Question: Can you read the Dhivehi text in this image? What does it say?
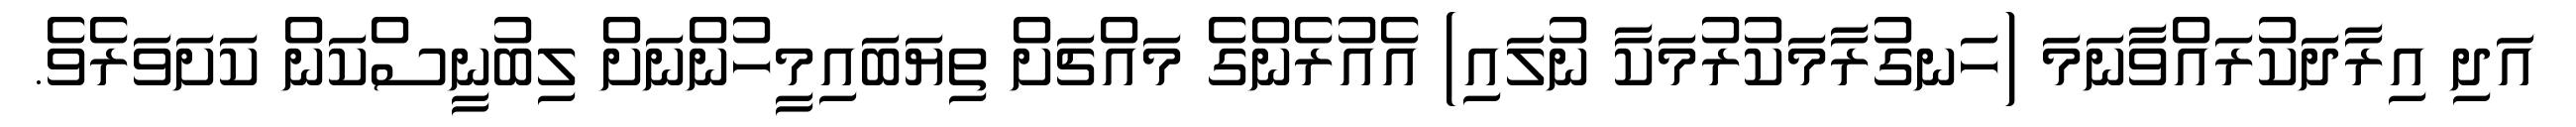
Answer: އަދި އިރާދަކުރައްވާނަމަ (ހަނގުރާމަކުރުމަކާ ނުލައި) އެއުރެންގެ މައްޗަށް ތިޔަބައިމީހުންނަށް ލިބުނީސްކަން ކަށަވަރެވެ.